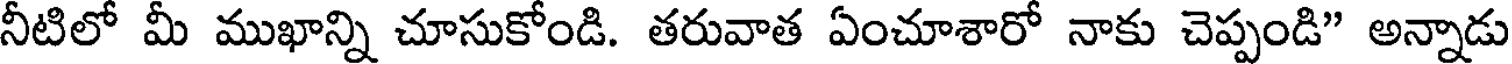
నీటిలో మీ ముఖాన్ని చూసుకోండి. తరువాత ఏంచూశారో నాకు చెప్పండి" అన్నాడు